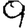
Digit: 9